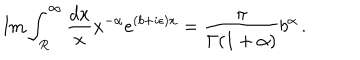
\mathrm { I m } \int _ { R } ^ { \infty } \frac { d x } { x } x ^ { - \alpha } e ^ { ( b + i \epsilon ) x } = \frac { \pi } { \Gamma ( 1 + \alpha ) } b ^ { \alpha } \, .